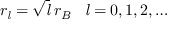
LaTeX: r _ { \mathit { l } } = { \sqrt { \mathit { l } } } \; r _ { B } \; \; \; { \mathit { l } } = 0 , 1 , 2 , \ldots